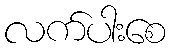
လက်ပါးစေ